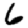
Digit: 6